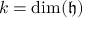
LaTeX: k = \dim ( { \mathfrak { h } } )